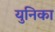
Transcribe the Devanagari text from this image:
युनिका